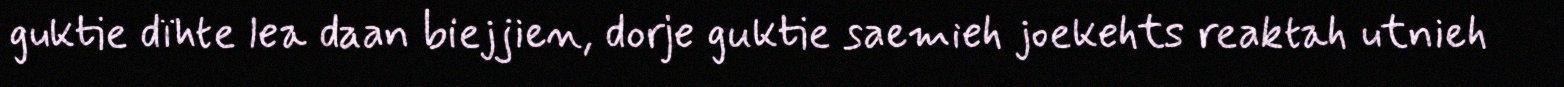
guktie dïhte lea daan biejjien, dorje guktie saemieh joekehts reaktah utnieh